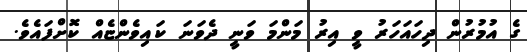
ގެ އުމުރުން ދިހައަހަރު ވީ އިރު މަންމަ ވަނީ ދެވަަނަ ކައިވެންޏެއް ކޮށްފައެވެ.